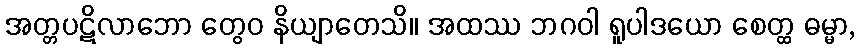
အတ္တပဋိလာဘော တွေဝ နိယျာတေသိ။ အထဿ ဘဂဝါ ရူပါဒယော စေတ္ထ ဓမ္မာ,